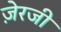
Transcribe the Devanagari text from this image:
ज़ेरजी